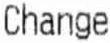
CHANGE